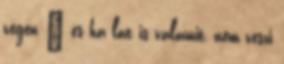
végén – és ha lát is valamit, nem veszi